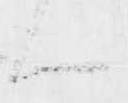
ハ